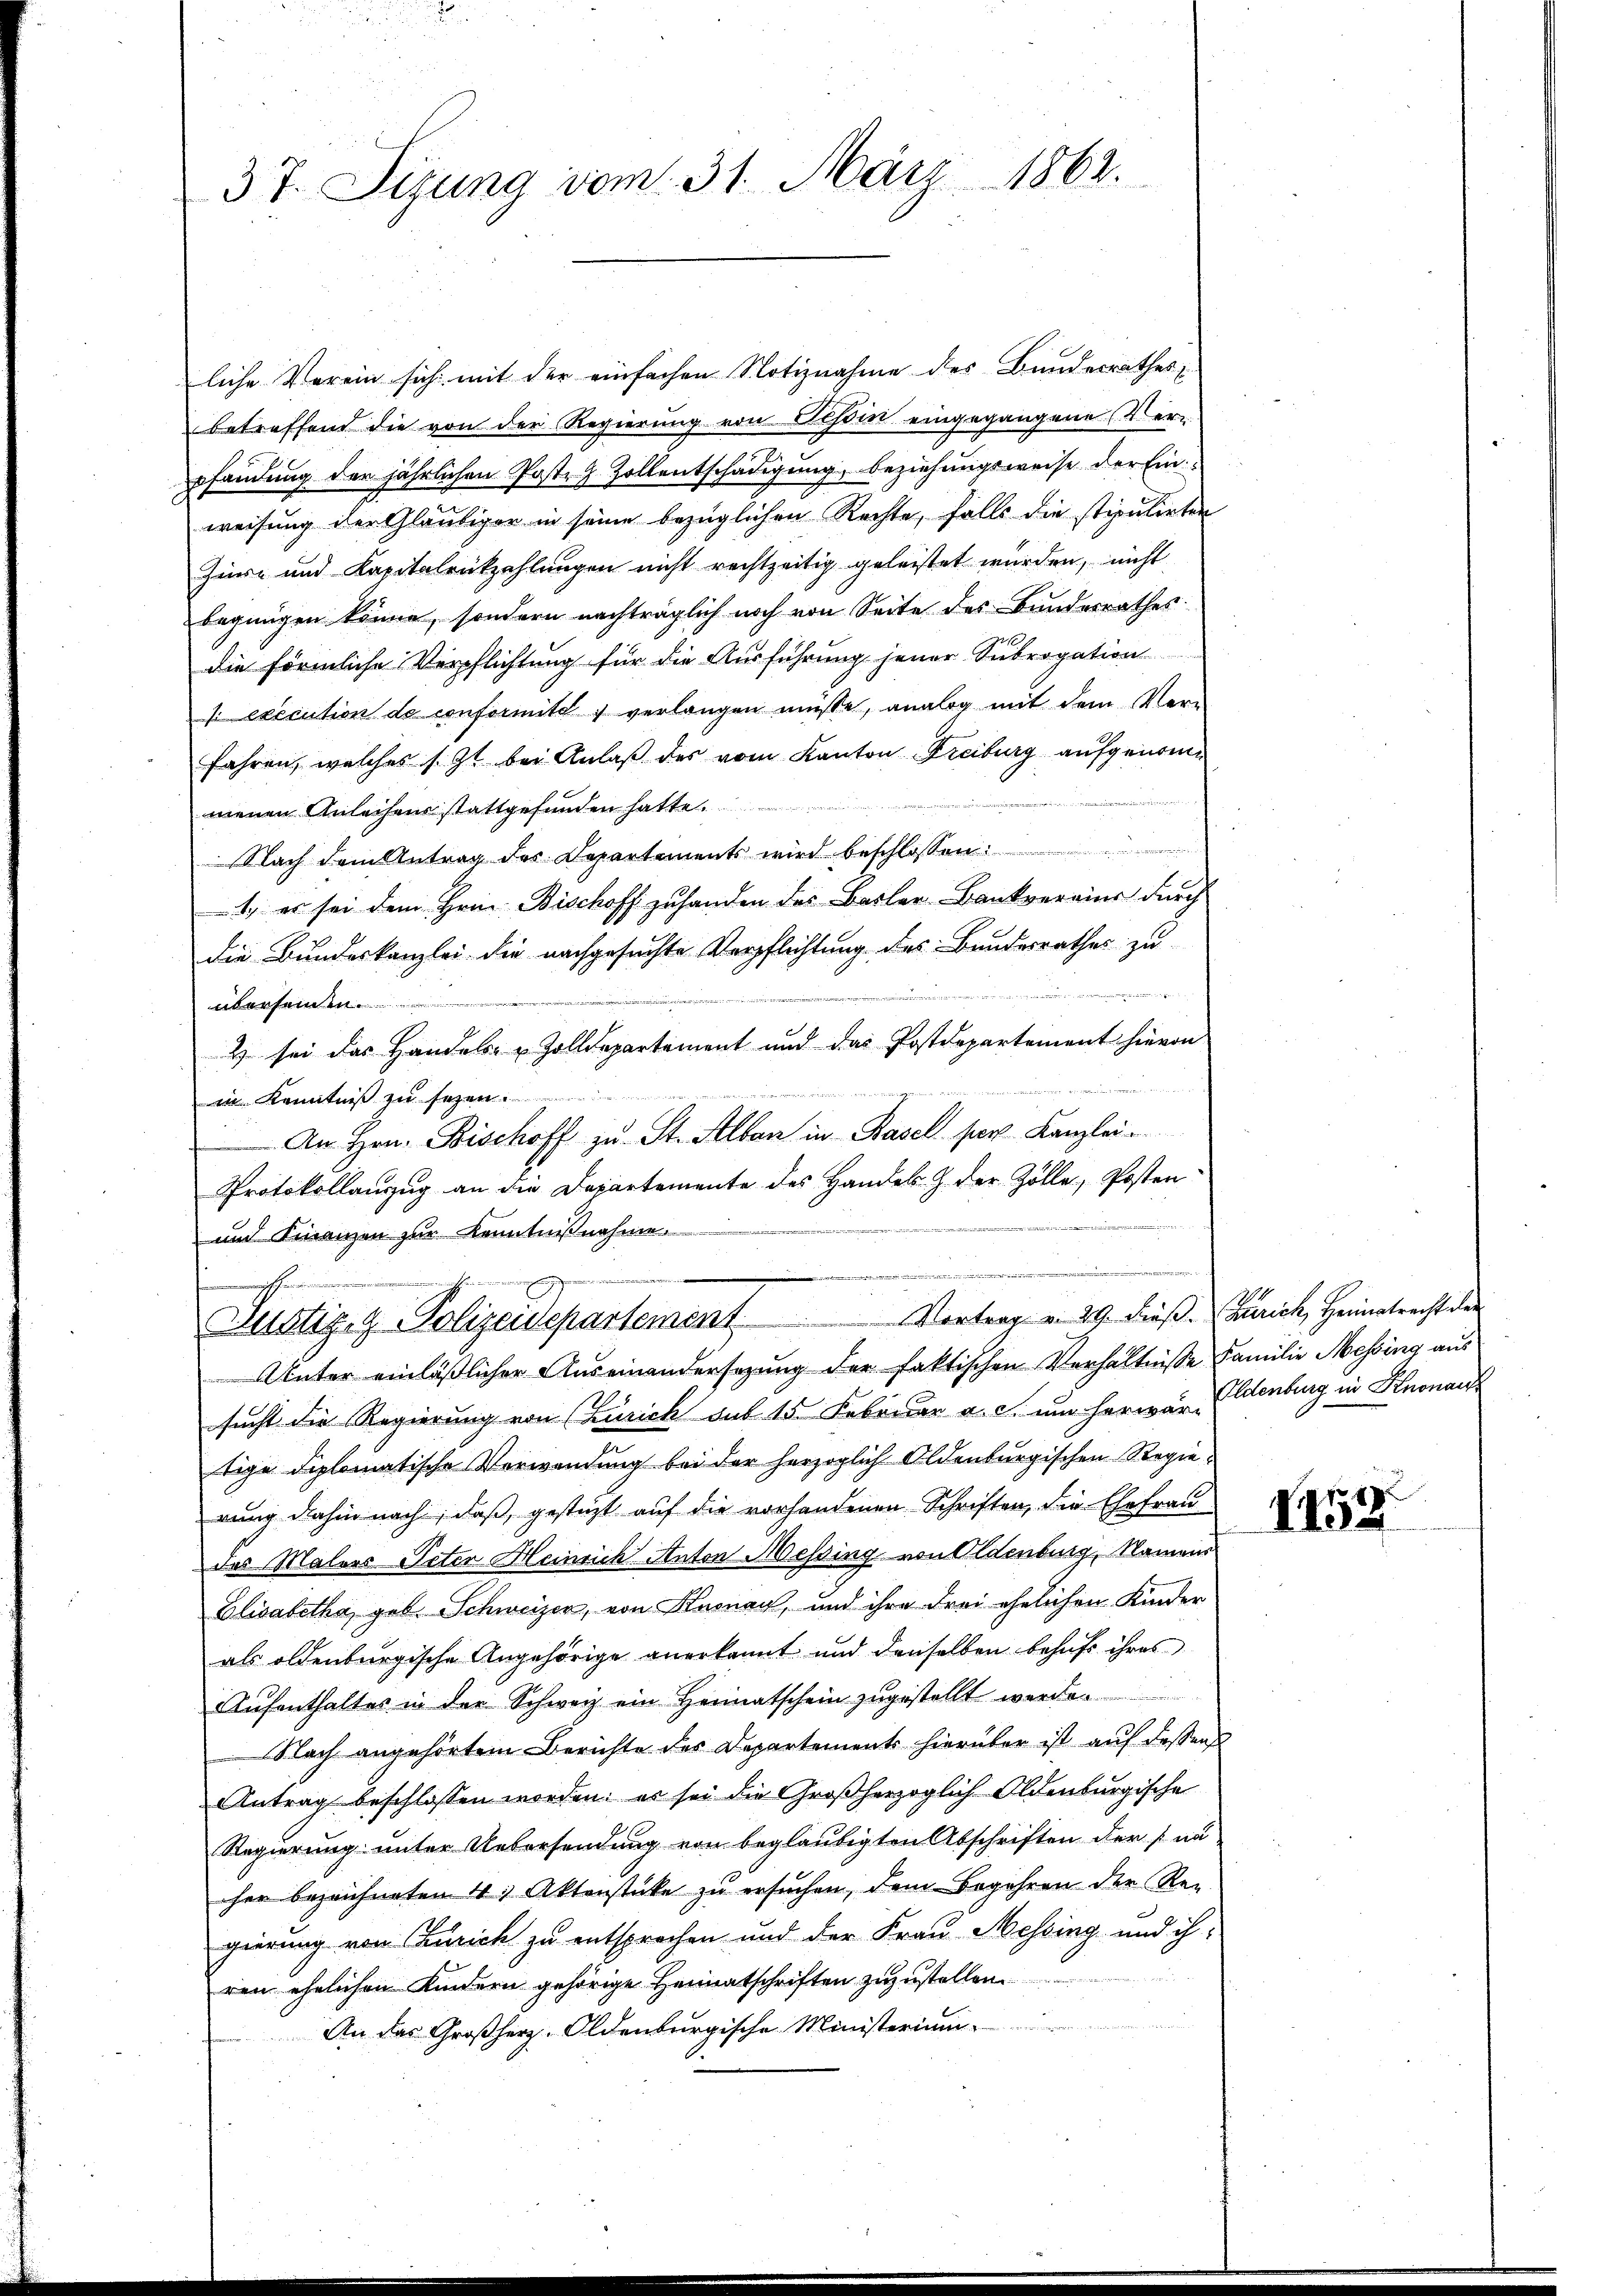
37. Sizung vom 31. März 1862.

liche Verein sich mit der einfachen Notiznahme des Bundesrathes,
betreffend die von der Regierung von Tessin eingegangene Ver-
pfandung der jährlichen Posteg. Zollentschädigung, beziehungsweise der Einweisung der Gläubiger in seine bezüglichen Rechte, falls die stipulirten
Zürz und Kapitalrückzahlungen nicht rechtzeitig geleistet wurden, nicht
begnügen könne, sondern nachträglich noch von Seite des Bundesrathes:
die förmliche Verpflichtung für die Ausführung jener Subrogation
s execution de conformita, verlangen müsse, analog mit dem Ver-
fahren, welches s. Zt. bei Anlaß des vom Kanton Freiburg aufgenommenen Anleihens stattgefunden hatte.
Nach dem Antrag des Departements wird beschlossen:
1. es sei dem Hrn. Bischoff zuhanden des Basler Bankverains durch
die Bundeskanzlei die nachgesuchte Verpflichtung des Bundesrathes zu
en
überseinen
2 sei das Handels- u Zolldepartement und das Postdepartement hievon
:
in Kenntniß zu sezen
An Hrn. Bischoff zu St. Alban in Basel per Kanzlei
Protokollauszug an die Departemente des Handels- Z. der Zölle, Posten
und Finanzen zur Kenntnißnahme.
e

Justiz- & Polizeidepartement. Vortrag v. 29. Dieß. Zürich, Heimatrechteten
Unter einläßlicher Auseinandersezung der faktischen Verhältnisse Familie Messing aus

sucht die Regierung von Zürich sub 15. Februar a. c. um herwär Eldenburg in Knonaus
tige diplomatische Verwendung bei der herzoglich Oldenburgischen Regierung dahin nach, daß, gestützt auf die vorhandenen Schriften, die Ehefrau
des Malers Peten Heinrich Anton Messing von Oldenburg, Namens
Elisabetha geb. Schweizer, von Knonau, und ihre drei ehelichen Kinder
als oldenburgische Angehörige anerkannt und denselben behufs ihres
Aufenthaltes in der Schweiz ein Heimatschein zugestellt werde.
Nach angehörtem Berichte des Departements hierüber ist auf dessen
Antrag beschlossen worden; es sei die Großherzoglich Oldenburgische
Regierung unter Uebersendung von beglaubigten Abschriften der san
her bezeichneten 4. Aktenstücke zu ersuchen, dem Begehren der Regierung von Zürich zu entsprochen und der Frau Messing und ihren ehelichen Kindern gehörige Heimatschriften zuzustellen.
An das Großherz-Oldenburgische Ministerium

.
1458